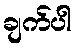
ချက်ပါ